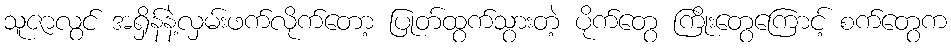
သူဇာလွင် အရှိန်နဲ့လှမ်းဖက်လိုက်တော့ ပြုတ်ထွက်သွားတဲ့ ပိုက်တွေ ကြိုးတွေကြောင့် စက်တွေက